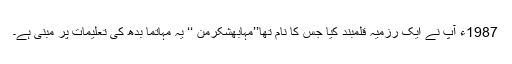
1987ء آپ نے ایک رزمیہ قلمبند کیا جس کا نام تھا’’مہابھشکرمن ‘‘ یہ مہاتما بدھ کی تعلیمات پر مبنی ہے۔